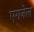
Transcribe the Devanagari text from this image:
एगनेल